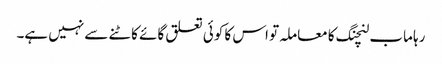
رہا ماب لنچنگ کا معاملہ تو اس کا کوئی تعلق گائے کاٹنے سے نہیں ہے۔